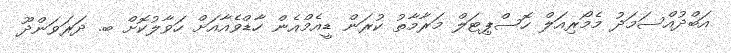
އަބްދުއްސަމަދު މެމޯރިއަލް ހޮސްޕިޓަލް މަރާމާތު ކުރަން ޑީއެމްއެން ހާޑްވެއާއަށް ހަވާލުކޮށް ބ. ދަރަވަންދޫ